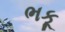
ભકૂ